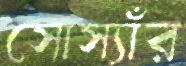
সোস্যাঁর